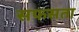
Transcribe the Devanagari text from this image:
सफसता